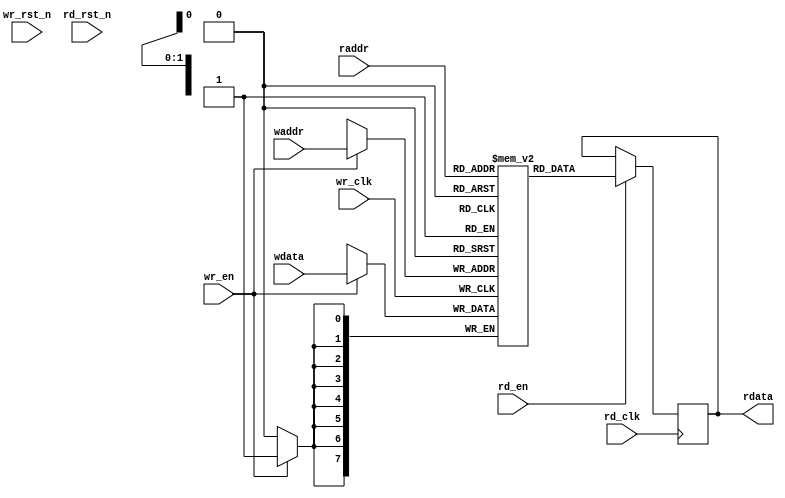
/////////////////////////////////////////////////////////////////////////////
//
// Copyright (C) 2013-2019 Efinix Inc. All rights reserved.
//
// memory.v
//
// *******************************
// Revisions:
// 1.0 Initial rev
// *******************************
/////////////////////////////////////////////////////////////////////////////


module memory
    ( 
      wr_clk,  
      wr_rst_n,  
      rd_clk,  
      rd_rst_n,  
      wdata,  
      waddr,  
      raddr,  
      wr_en,
      rd_en,
      rdata 	 
     );

parameter DATA_WIDTH = 8;
parameter ADDR_WIDTH = 2;
parameter RAM_DEPTH = 4;

input wr_rst_n; 
input wr_clk; 
input rd_rst_n; 
input rd_clk; 

input [DATA_WIDTH-1:0] wdata; 
input [ADDR_WIDTH-1:0] waddr; 
input [ADDR_WIDTH-1:0] raddr; 
input wr_en;
input rd_en;

output [DATA_WIDTH-1:0] rdata; 
reg [DATA_WIDTH-1:0] mem [RAM_DEPTH-1:0];

reg [DATA_WIDTH-1:0] rdata; 


always @(posedge rd_clk)
  if(rd_en)
    rdata <= mem [raddr];

always @(posedge wr_clk)
  if(wr_en)  
    mem[waddr] <= wdata;  
         
   
endmodule

//////////////////////////////////////////////////////////////////////////////
// Copyright (C) 2013-2019 Efinix Inc. All rights reserved.
//
// This   document  contains  proprietary information  which   is
// protected by  copyright. All rights  are reserved.  This notice
// refers to original work by Efinix, Inc. which may be derivitive
// of other work distributed under license of the authors.  In the
// case of derivative work, nothing in this notice overrides the
// original author's license agreement.  Where applicable, the 
// original license agreement is included in it's original 
// unmodified form immediately below this header.
//
// WARRANTY DISCLAIMER.  
//     THE  DESIGN, CODE, OR INFORMATION ARE PROVIDED AS IS AND 
//     EFINIX MAKES NO WARRANTIES, EXPRESS OR IMPLIED WITH 
//     RESPECT THERETO, AND EXPRESSLY DISCLAIMS ANY IMPLIED WARRANTIES, 
//     INCLUDING, WITHOUT LIMITATION, THE IMPLIED WARRANTIES OF 
//     MERCHANTABILITY, NON-INFRINGEMENT AND FITNESS FOR A PARTICULAR 
//     PURPOSE.  SOME STATES DO NOT ALLOW EXCLUSIONS OF AN IMPLIED 
//     WARRANTY, SO THIS DISCLAIMER MAY NOT APPLY TO LICENSEE.
//
// LIMITATION OF LIABILITY.  
//     NOTWITHSTANDING ANYTHING TO THE CONTRARY, EXCEPT FOR BODILY 
//     INJURY, EFINIX SHALL NOT BE LIABLE WITH RESPECT TO ANY SUBJECT 
//     MATTER OF THIS AGREEMENT UNDER TORT, CONTRACT, STRICT LIABILITY 
//     OR ANY OTHER LEGAL OR EQUITABLE THEORY (I) FOR ANY INDIRECT, 
//     SPECIAL, INCIDENTAL, EXEMPLARY OR CONSEQUENTIAL DAMAGES OF ANY 
//     CHARACTER INCLUDING, WITHOUT LIMITATION, DAMAGES FOR LOSS OF 
//     GOODWILL, DATA OR PROFIT, WORK STOPPAGE, OR COMPUTER FAILURE OR 
//     MALFUNCTION, OR IN ANY EVENT (II) FOR ANY AMOUNT IN EXCESS, IN 
//     THE AGGREGATE, OF THE FEE PAID BY LICENSEE TO EFINIX HEREUNDER 
//     (OR, IF THE FEE HAS BEEN WAIVED, $100), EVEN IF EFINIX SHALL HAVE 
//     BEEN INFORMED OF THE POSSIBILITY OF SUCH DAMAGES.  SOME STATES DO 
//     NOT ALLOW THE EXCLUSION OR LIMITATION OF INCIDENTAL OR 
//     CONSEQUENTIAL DAMAGES, SO THIS LIMITATION AND EXCLUSION MAY NOT 
//     APPLY TO LICENSEE.
//
/////////////////////////////////////////////////////////////////////////////